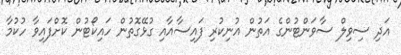
އަދި ސިވިލް ސާވަންޓުންގެ އަތުން އުނިކުރި ފައިސާއާއި ގުޅޭގޮތުން ހައިކޯޓުން ކޮށްފައިވާ ހުކުމާ